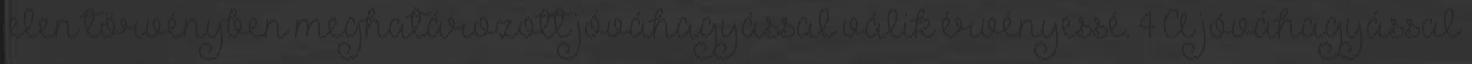
jelen törvényben meghatározott jóváhagyással válik érvényessé. 4 A jóváhagyással